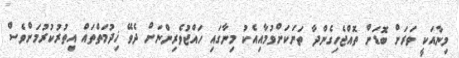
މިނާއަކީ ވަރަށް ބޮޑަށް ތޮއްޖެހިގެންދާ ތަނަކަށްވުމާއިއެކު މިނާގައި ހައްޖުވެރިންނަށް ދެވޭ ޚިދުމަތްތައް އިތުރުކުރުމަށްވެސް